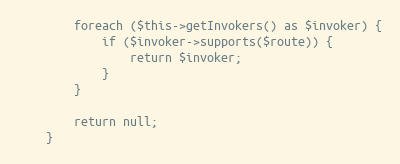
Language: PHP
        foreach ($this->getInvokers() as $invoker) {
            if ($invoker->supports($route)) {
                return $invoker;
            }
        }

        return null;
    }